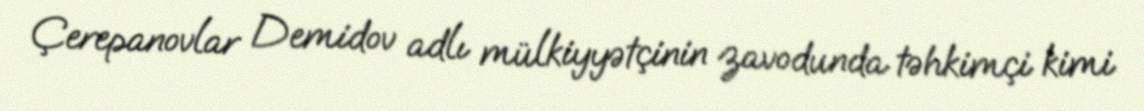
Çerepanovlar Demidov adlı mülkiyyətçinin zavodunda təhkimçi kimi